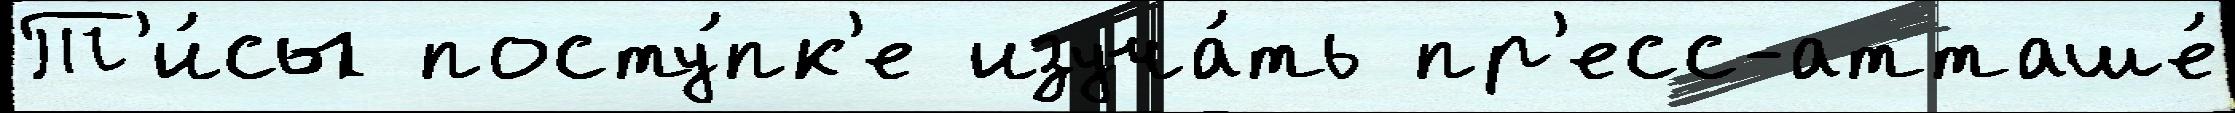
Т'и́сы посту́пк'е изуча́ть пр'есс-атташе́